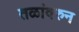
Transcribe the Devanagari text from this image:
तळांवरुन